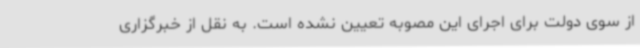
از سوی دولت برای اجرای این مصوبه تعیین نشده است. به نقل از خبرگزاری